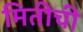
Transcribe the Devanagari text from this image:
मितीची